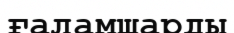
ғаламшарды